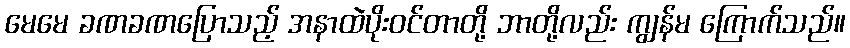
မေမေ ခဏခဏပြောသည့် အနာထဲပိုးဝင်တာတို့ ဘာတို့လည်း ကျွန်မ ကြောက်သည်။